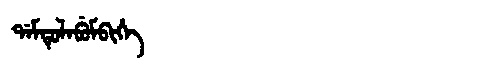
Manchu: ᡩᠠᠮᡨᡠᠯᠠᠪᡠᠮᠪᡳᡥᡝ
Romanization: DAMTULABUMBIHE